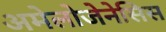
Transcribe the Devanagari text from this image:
अमेलोजेनेसिस